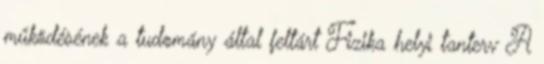
működésének a tudomány által feltárt Fizika helyi tanterv A